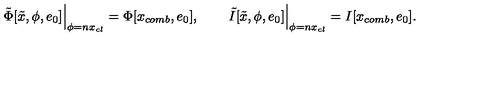
\left. \tilde { \Phi } [ \tilde { x } , \phi , e _ { 0 } ] \right| _ { \phi = n x _ { c l } } = \Phi [ x _ { c o m b } , e _ { 0 } ] , \qquad \left. \tilde { I } [ \tilde { x } , \phi , e _ { 0 } ] \right| _ { \phi = n x _ { c l } } = I [ x _ { c o m b } , e _ { 0 } ] .